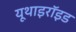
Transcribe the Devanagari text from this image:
यूथाइरॉइड